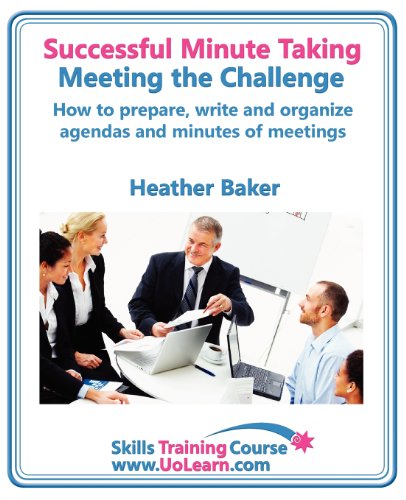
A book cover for Successful Minute Taking and Writing. How to Prepare, Write and Organize Agendas and Minutes of Meetings. Learn to Take Notes and Write Minutes of Mee (Skills Training Course); Heather Baker; Business & Money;